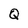
Character: Q